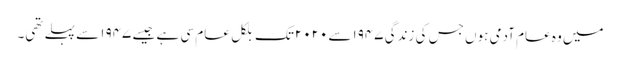
میں وہ عام آدمی ہوں جس کی زندگی ۱۹۴۷سے ۲۰۲۰تک بلکل عام سی ہے جیسے ۱۹۴۷ سے پہلے تھی۔